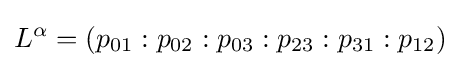
L^{\alpha }=(p_{01}:p_{02}:p_{03}:p_{23}:p_{31}:p_{12})